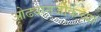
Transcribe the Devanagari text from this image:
ओढ्यानजीकच्या